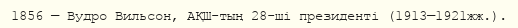
1856 — Вудро Вильсон, АҚШ-тың 28-ші президенті (1913—1921жж.).